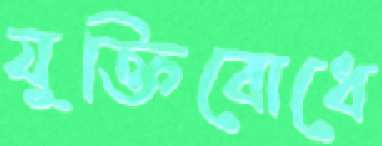
যুক্তিবোধে